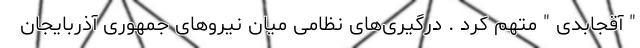
" آقجابدی " متهم کرد . درگیری‌های نظامی میان نیروهای جمهوری آذربایجان